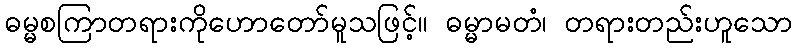
ဓမ္မစကြာတရားကိုဟောတော်မူသဖြင့်။ ဓမ္မာမတံ၊ တရားတည်းဟူသော